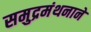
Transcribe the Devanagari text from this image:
समुद्रमंथनाने